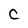
Character: C